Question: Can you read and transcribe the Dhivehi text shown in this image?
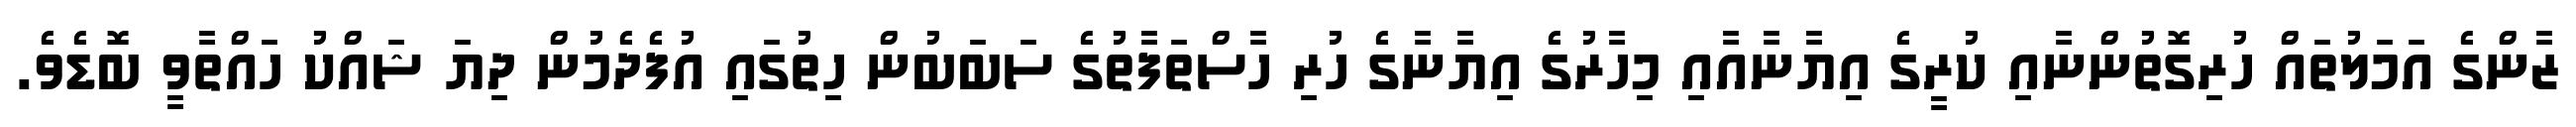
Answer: ޒާންގެ އަމަލުތައް ހުރިގޮތުންނާއި ކުރީގެ އިޔާނާއާއި މިހާރުގެ އިޔާނާގެ ހުރި ހާސްތަފާތުގެ ސަބަބުން ހިތުގައި އުފެދެމުން ދިޔަ ޝައްކު ހައްތާވީ ބޮޑެވެ.